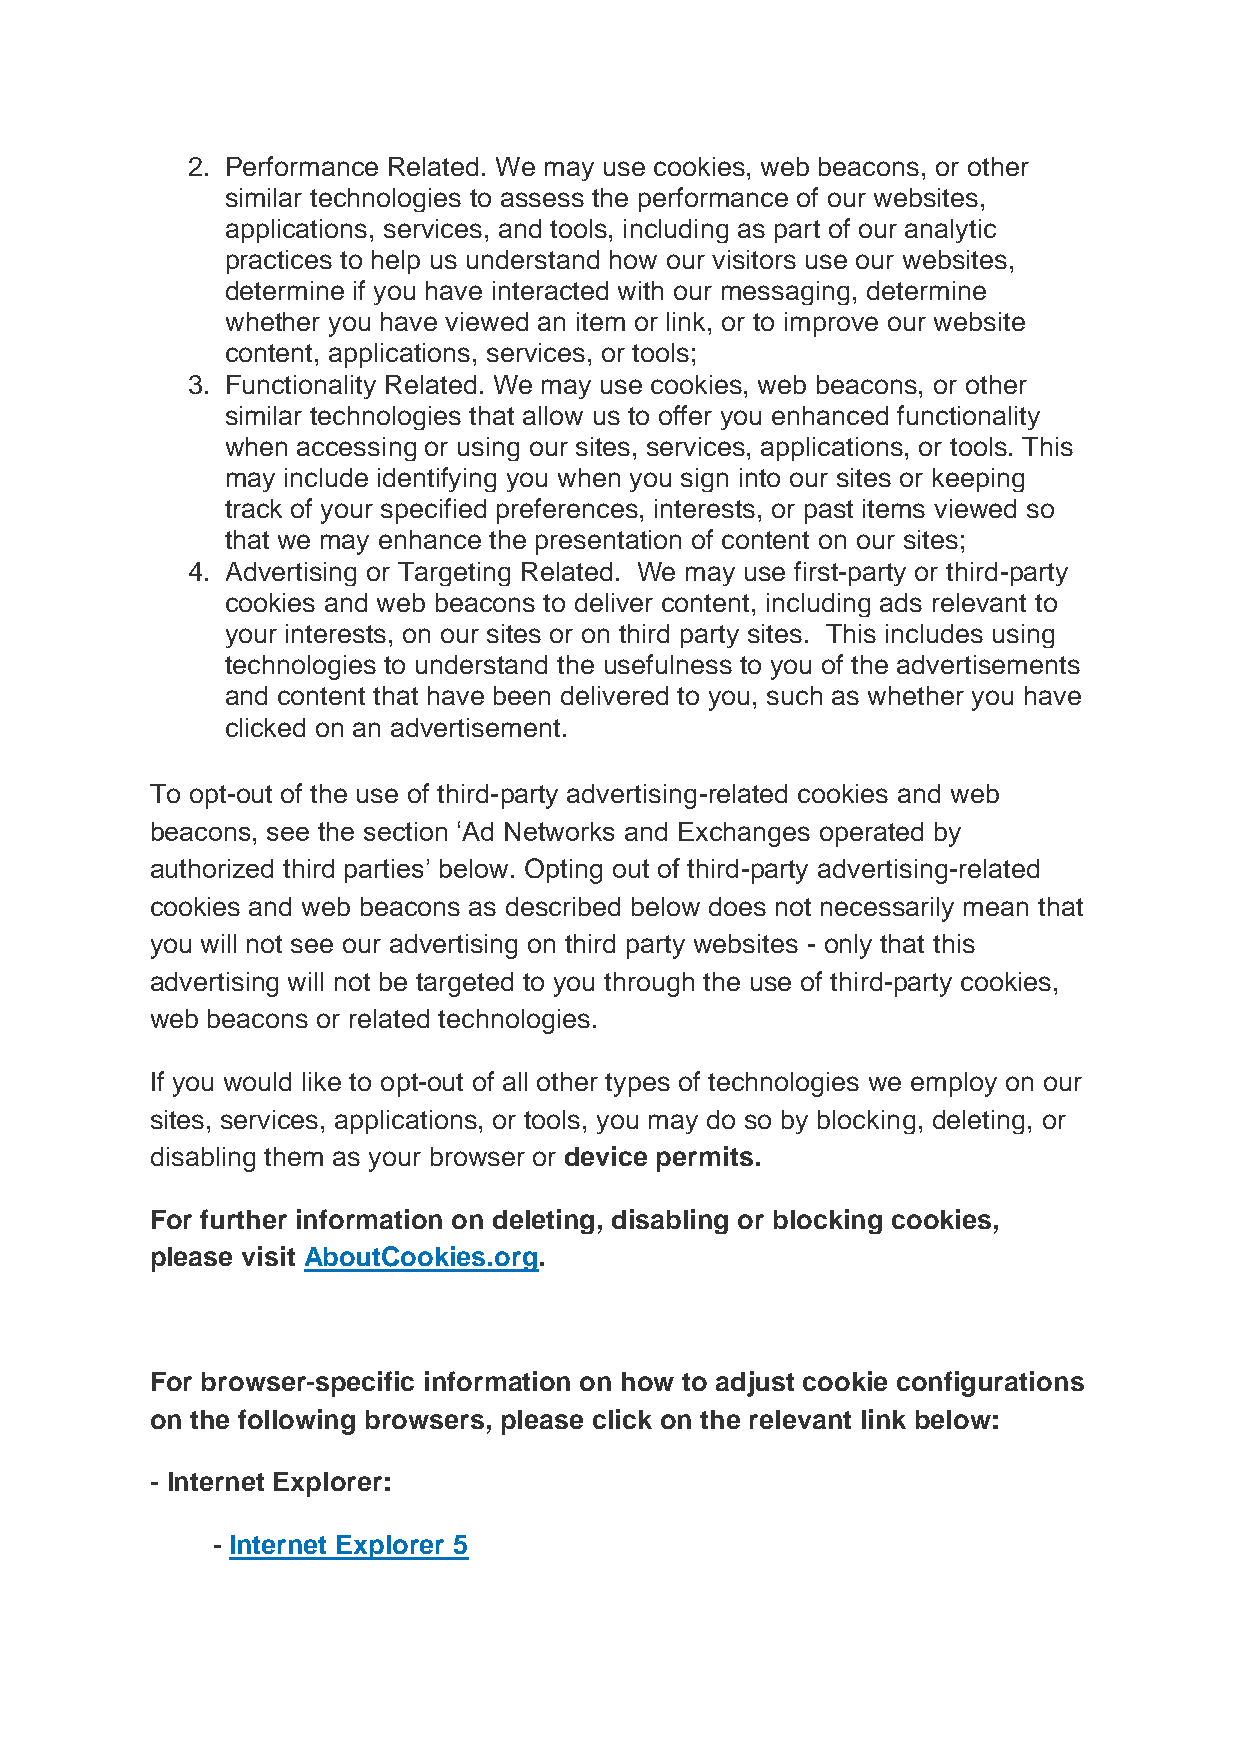
2. Performance Related. We may use cookies, web beacons, or other
 similar technologies to assess the performance of our websites,
 applications, services, and tools, including as part of our analytic
 practices to help us understand how our visitors use our websites,
 determine if you have interacted with our messaging, determine
 whether you have viewed an item or link, or to improve our website
 content, applications, services, or tools;
 3. Functionality Related. We may use cookies, web beacons, or other
 similar technologies that allow us to offer you enhanced functionality
 when accessing or using our sites, services, applications, or tools. This
 may include identifying you when you sign into our sites or keeping
 track of your specified preferences, interests, or past items viewed so
 that we may enhance the presentation of content on our sites;
 4. Advertising or Targeting Related. We may use first-party or third-party
 cookies and web beacons to deliver content, including ads relevant to
 your interests, on our sites or on third party sites. This includes using
 technologies to understand the usefulness to you of the advertisements
 and content that have been delivered to you, such as whether you have
 clicked on an advertisement.
 To opt-out of the use of third-party advertising-related cookies and web
 beacons, see the section ‘Ad Networks and Exchanges operated by
 authorized third parties’ below. Opting out of third-party advertising-related
 cookies and web beacons as described below does not necessarily mean that
 you will not see our advertising on third party websites - only that this
 advertising will not be targeted to you through the use of third-party cookies,
 web beacons or related technologies.
 If you would like to opt-out of all other types of technologies we employ on our
 sites, services, applications, or tools, you may do so by blocking, deleting, or
 disabling them as your browser or device permits.
 For further information on deleting, disabling or blocking cookies,
 please visit AboutCookies.org.
 For browser-specific information on how to adjust cookie configurations
 on the following browsers, please click on the relevant link below:
 - Internet Explorer:
 - Internet Explorer 5